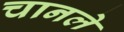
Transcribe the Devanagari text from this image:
चानले